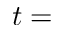
t =